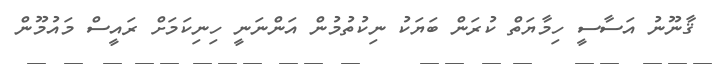
ޤާނޫނު އަސާސީ ހިމާޔަތް ކުރަން ބަޔަކު ނިކުތުމުން އަންނަނީ ހިނިކަމަށް ރައީސް މައުމޫން